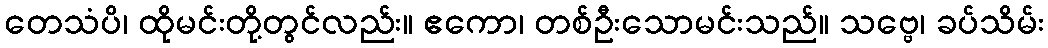
တေသံပိ၊ ထိုမင်းတို့တွင်လည်း။ ဧကော၊ တစ်ဦးသောမင်းသည်။ သဗ္ဗေ၊ ခပ်သိမ်း